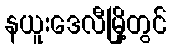
နယူးဒေလီမြို့တွင်